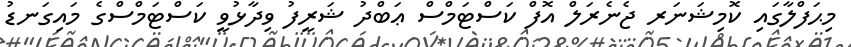
މިޙަފްލާގައި ކޮމިޝަނަރ ޖެނެރަލް އޮފް ކަސްޓަމްސް ޢަބްދު ޝަރީފު ވިދާޅުވީ ކަސްޓަމްސްގެ މައިގަނޑު